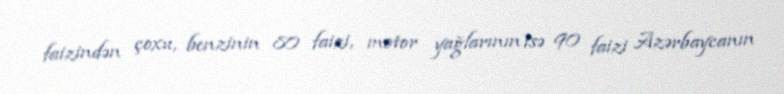
faizindən çoxu, benzinin 80 faizi, motor yağlarının isə 90 faizi Azərbaycanın